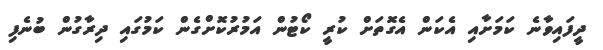
ދީފައިވާނެ ކަމަށާއި އެކަން އެގޮތަށް ކުރީ ކޯޓުން އަމުރުކޮށްގެން ކަމުގައި ދިރާގުން ބުނެފި